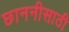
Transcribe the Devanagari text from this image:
छाननीसाठी